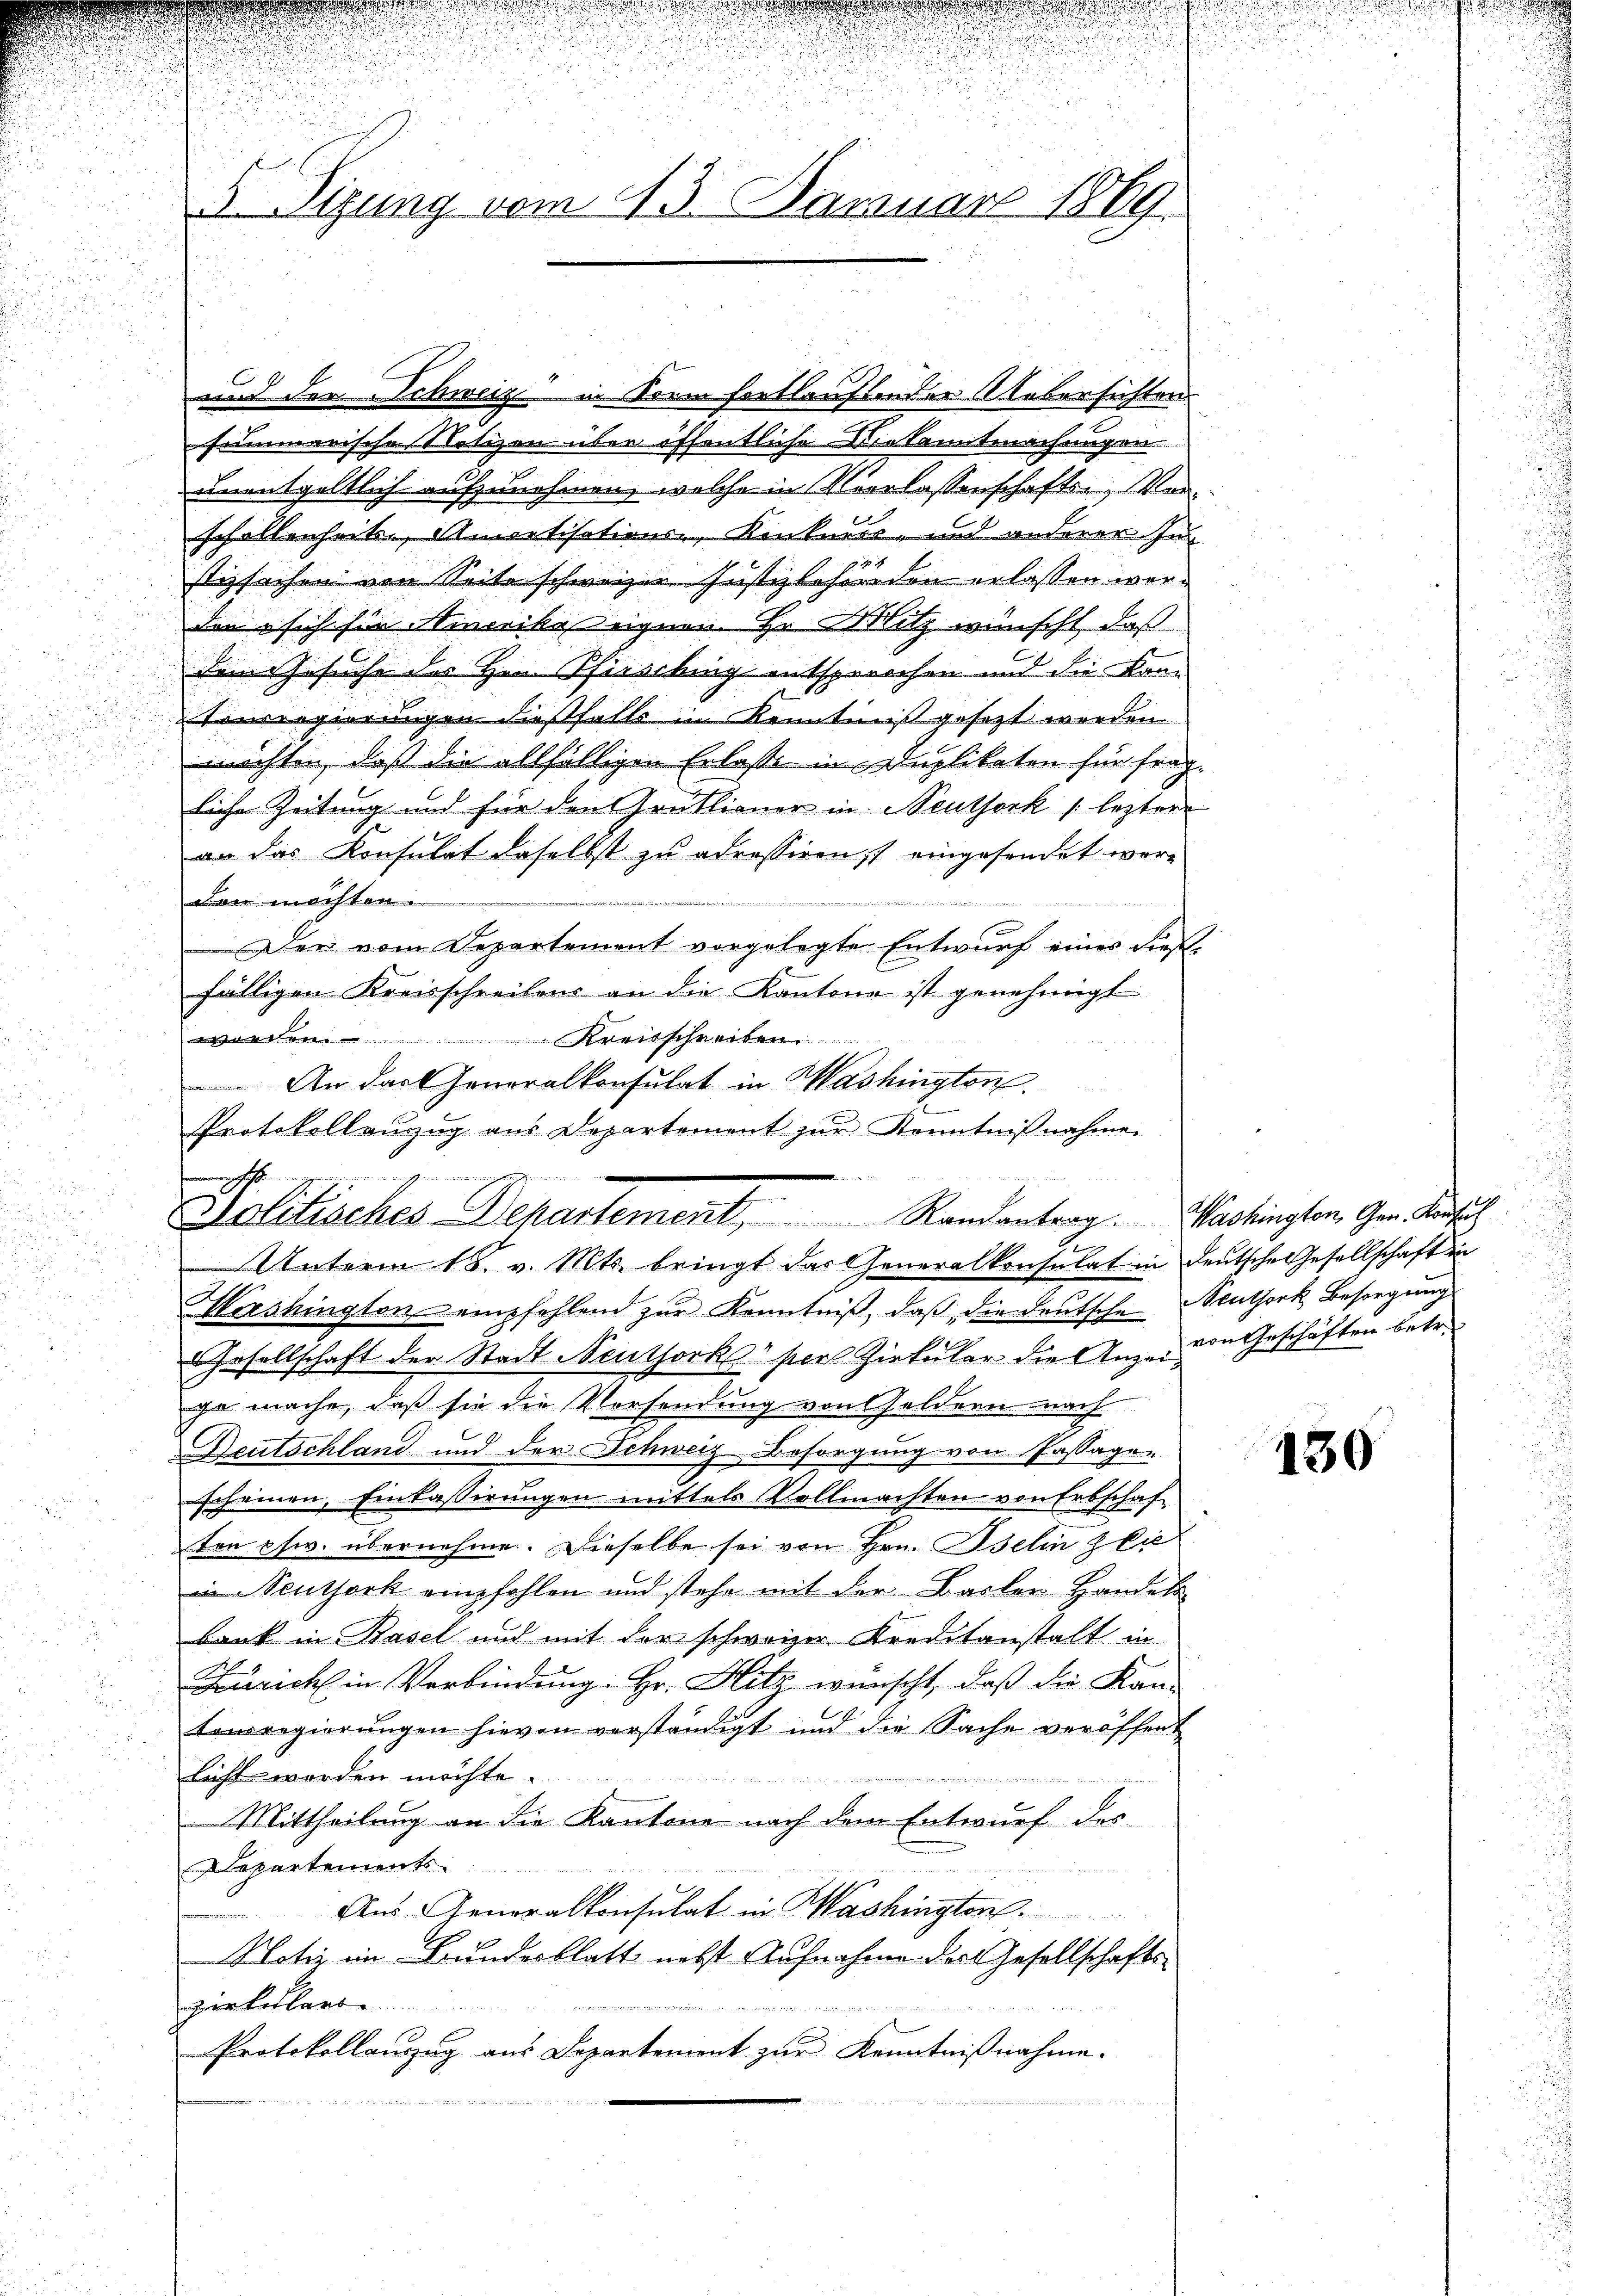
u
u
d
i
.

5 Sizung vom 13. Januar 1869.

und der Schweiz in Form fortlauftender Uebersichten.
summarische Notizen über öffentliche Dekanntmachungen
unentgeltlich aufzunehmen, welche in Verlassenschafts-, Verschollenheit. Amartisations-, Konkurrr- und anderer Instizsachen von Seite schweizer Justizbehörden erlassen werden sich für Minerika eignen. Hr. Mitz wünscht, daß
dem Gesuche des Hrn. Pfirsching entsprochen und die Kon¬
Vonrregierungen diesfalls in Kenntniß gesetzt werden
möchten, daß die allfälligen Erlasse in Duplikaten für fraglicher Zeitung und für den Grütlianer in Neuthork leztere
an das Konsulat daselbst zu adressiren, eingesendet wäre.
den möchten.
Der vom Departement vorgelegte Entwurf eines dießfälligen Kreisschreibens an die Kantone ist genehmigt
worden. Kreisschreiben
An das Generalkonsulat in Washington.
Protokollenzug aus Departement zur Kenntnißnahme

eingen
nicht
Jolitisches Departement, Randantrag. Washington, Gen. Aufsich
Unterm 18. v. Mts. bringt das eneralkonsulat in deutsche Gesellschaft in

Hershington empfehlend zŭr Kenntniβ, daβ die deutsche Stuthork besorgŭng
Gesellschaft der Stadt Neuthork" per Zirkular die Anzei von Geschäften betr.
ge mache, daß sie die Vorsendung von Geldern nach
Deutschland und der Schweiz Besorgung von Passagen
scheinen, Einlassirungen mittels Vollmachten von Erbschaf
ten esw. übernehme. Dieselbe sei von Hrn. Iselin die
in Seuthork empfohlen und stehe mit der Barker Handels
bank in Basel und mit der schweizer Kreditanstalt in
Zürich in Verbindung. Hr. Hitz wünscht, daß die Kan-
tonsregierŭngen hievon verständigt und die Sache veröffent
licht werden möchte.
Mittheilung an die Kantone nach dem Entwurf des
Departements
Aus Generalkonsulat in Washington
Notiz im Bundesblatt nebst Aufnahme des Gesellschaftszirkellarte
Protokollauszug aus Departement zur Kenntnißnahme.

un

130